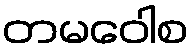
တမဝေါစ